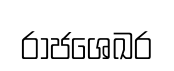
රාජශෙඛර